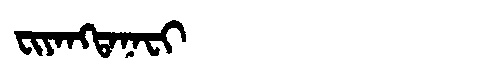
Manchu: ᠸᡳᠶᠠᠩᡨᠠᠨᠠᠸᡳ
Romanization: FIYANGTANAFI